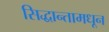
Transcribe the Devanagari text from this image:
सिद्धान्तामधून